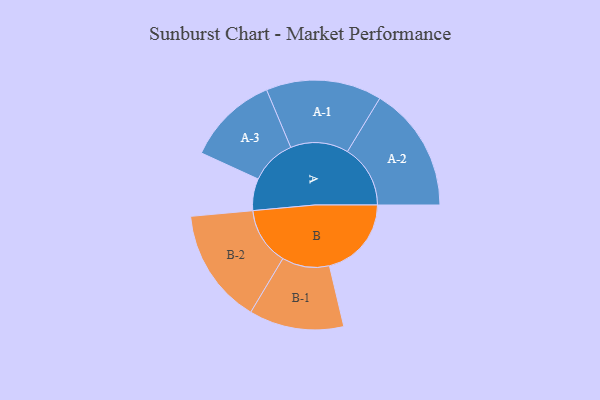
{"axis": {"x": "Segment", "y": "Value"}, "legend": ["", "A", "B"], "data": [{"x": "A", "y": 140, "type": ""}, {"x": "B", "y": 360, "type": ""}, {"x": "A-1", "y": 254, "type": "A"}, {"x": "A-2", "y": 276, "type": "A"}, {"x": "A-3", "y": 200, "type": "A"}, {"x": "B-1", "y": 208, "type": "B"}, {"x": "B-2", "y": 253, "type": "B"}]}